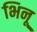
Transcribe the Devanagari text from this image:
भिनू